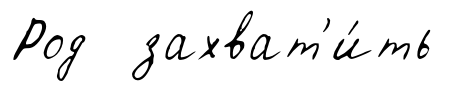
Род захват'и́ть